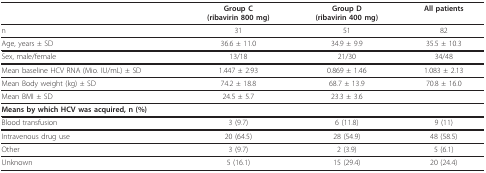
<table><thead><tr><td>[EMPTY_CELL]</td><td><b>Group C(ribavirin 800 mg)</b></td><td><b>Group D(ribavirin 400 mg)</b></td><td><b>All patients</b></td></tr></thead><tbody><tr><td>n</td><td>31</td><td>51</td><td>82</td></tr><tr><td>Age, years ± SD</td><td>36.6 ± 11.0</td><td>34.9 ± 9.9</td><td>35.5 ± 10.3</td></tr><tr><td>Sex, male/female</td><td>13/18</td><td>21/30</td><td>34/48</td></tr><tr><td>Mean baseline HCV RNA (Mio. IU/mL) ± SD</td><td>1.447 ± 2.93</td><td>0.869 ± 1.46</td><td>1.083 ± 2.13</td></tr><tr><td>Mean Body weight (kg) ± SD</td><td>74.2 ± 18.8</td><td>68.7 ± 13.9</td><td>70.8 ± 16.0</td></tr><tr><td>Mean BMI ± SD</td><td>24.5 ± 5.7</td><td>23.3 ± 3.6</td><td>[EMPTY_CELL]</td></tr><tr><td colspan="4"><b>Means by which HCV was acquired, n (%)</b></td></tr><tr><td>Blood transfusion</td><td>3 (9.7)</td><td>6 (11.8)</td><td>9 (11)</td></tr><tr><td>Intravenous drug use</td><td>20 (64.5)</td><td>28 (54.9)</td><td>48 (58.5)</td></tr><tr><td>Other</td><td>3 (9.7)</td><td>2 (3.9)</td><td>5 (6.1)</td></tr><tr><td>Unknown</td><td>5 (16.1)</td><td>15 (29.4)</td><td>20 (24.4)</td></tr></tbody></table>